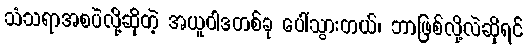
သံသရာအစပဲလို့ဆိုတဲ့ အယူဝါဒတစ်ခု ပေါ်သွားတယ်၊ ဘာဖြစ်လို့လဲဆိုရင်